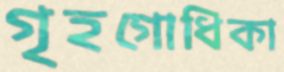
গৃহগোধিকা